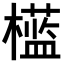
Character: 𣞎